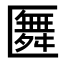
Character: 𠥢